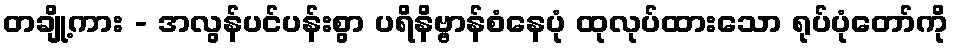
တချို့ကား - အလွန်ပင်ပန်းစွာ ပရိနိဗ္ဗာန်စံနေပုံ ထုလုပ်ထားသော ရုပ်ပုံတော်ကို